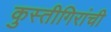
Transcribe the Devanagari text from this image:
कुस्तीगिरांची